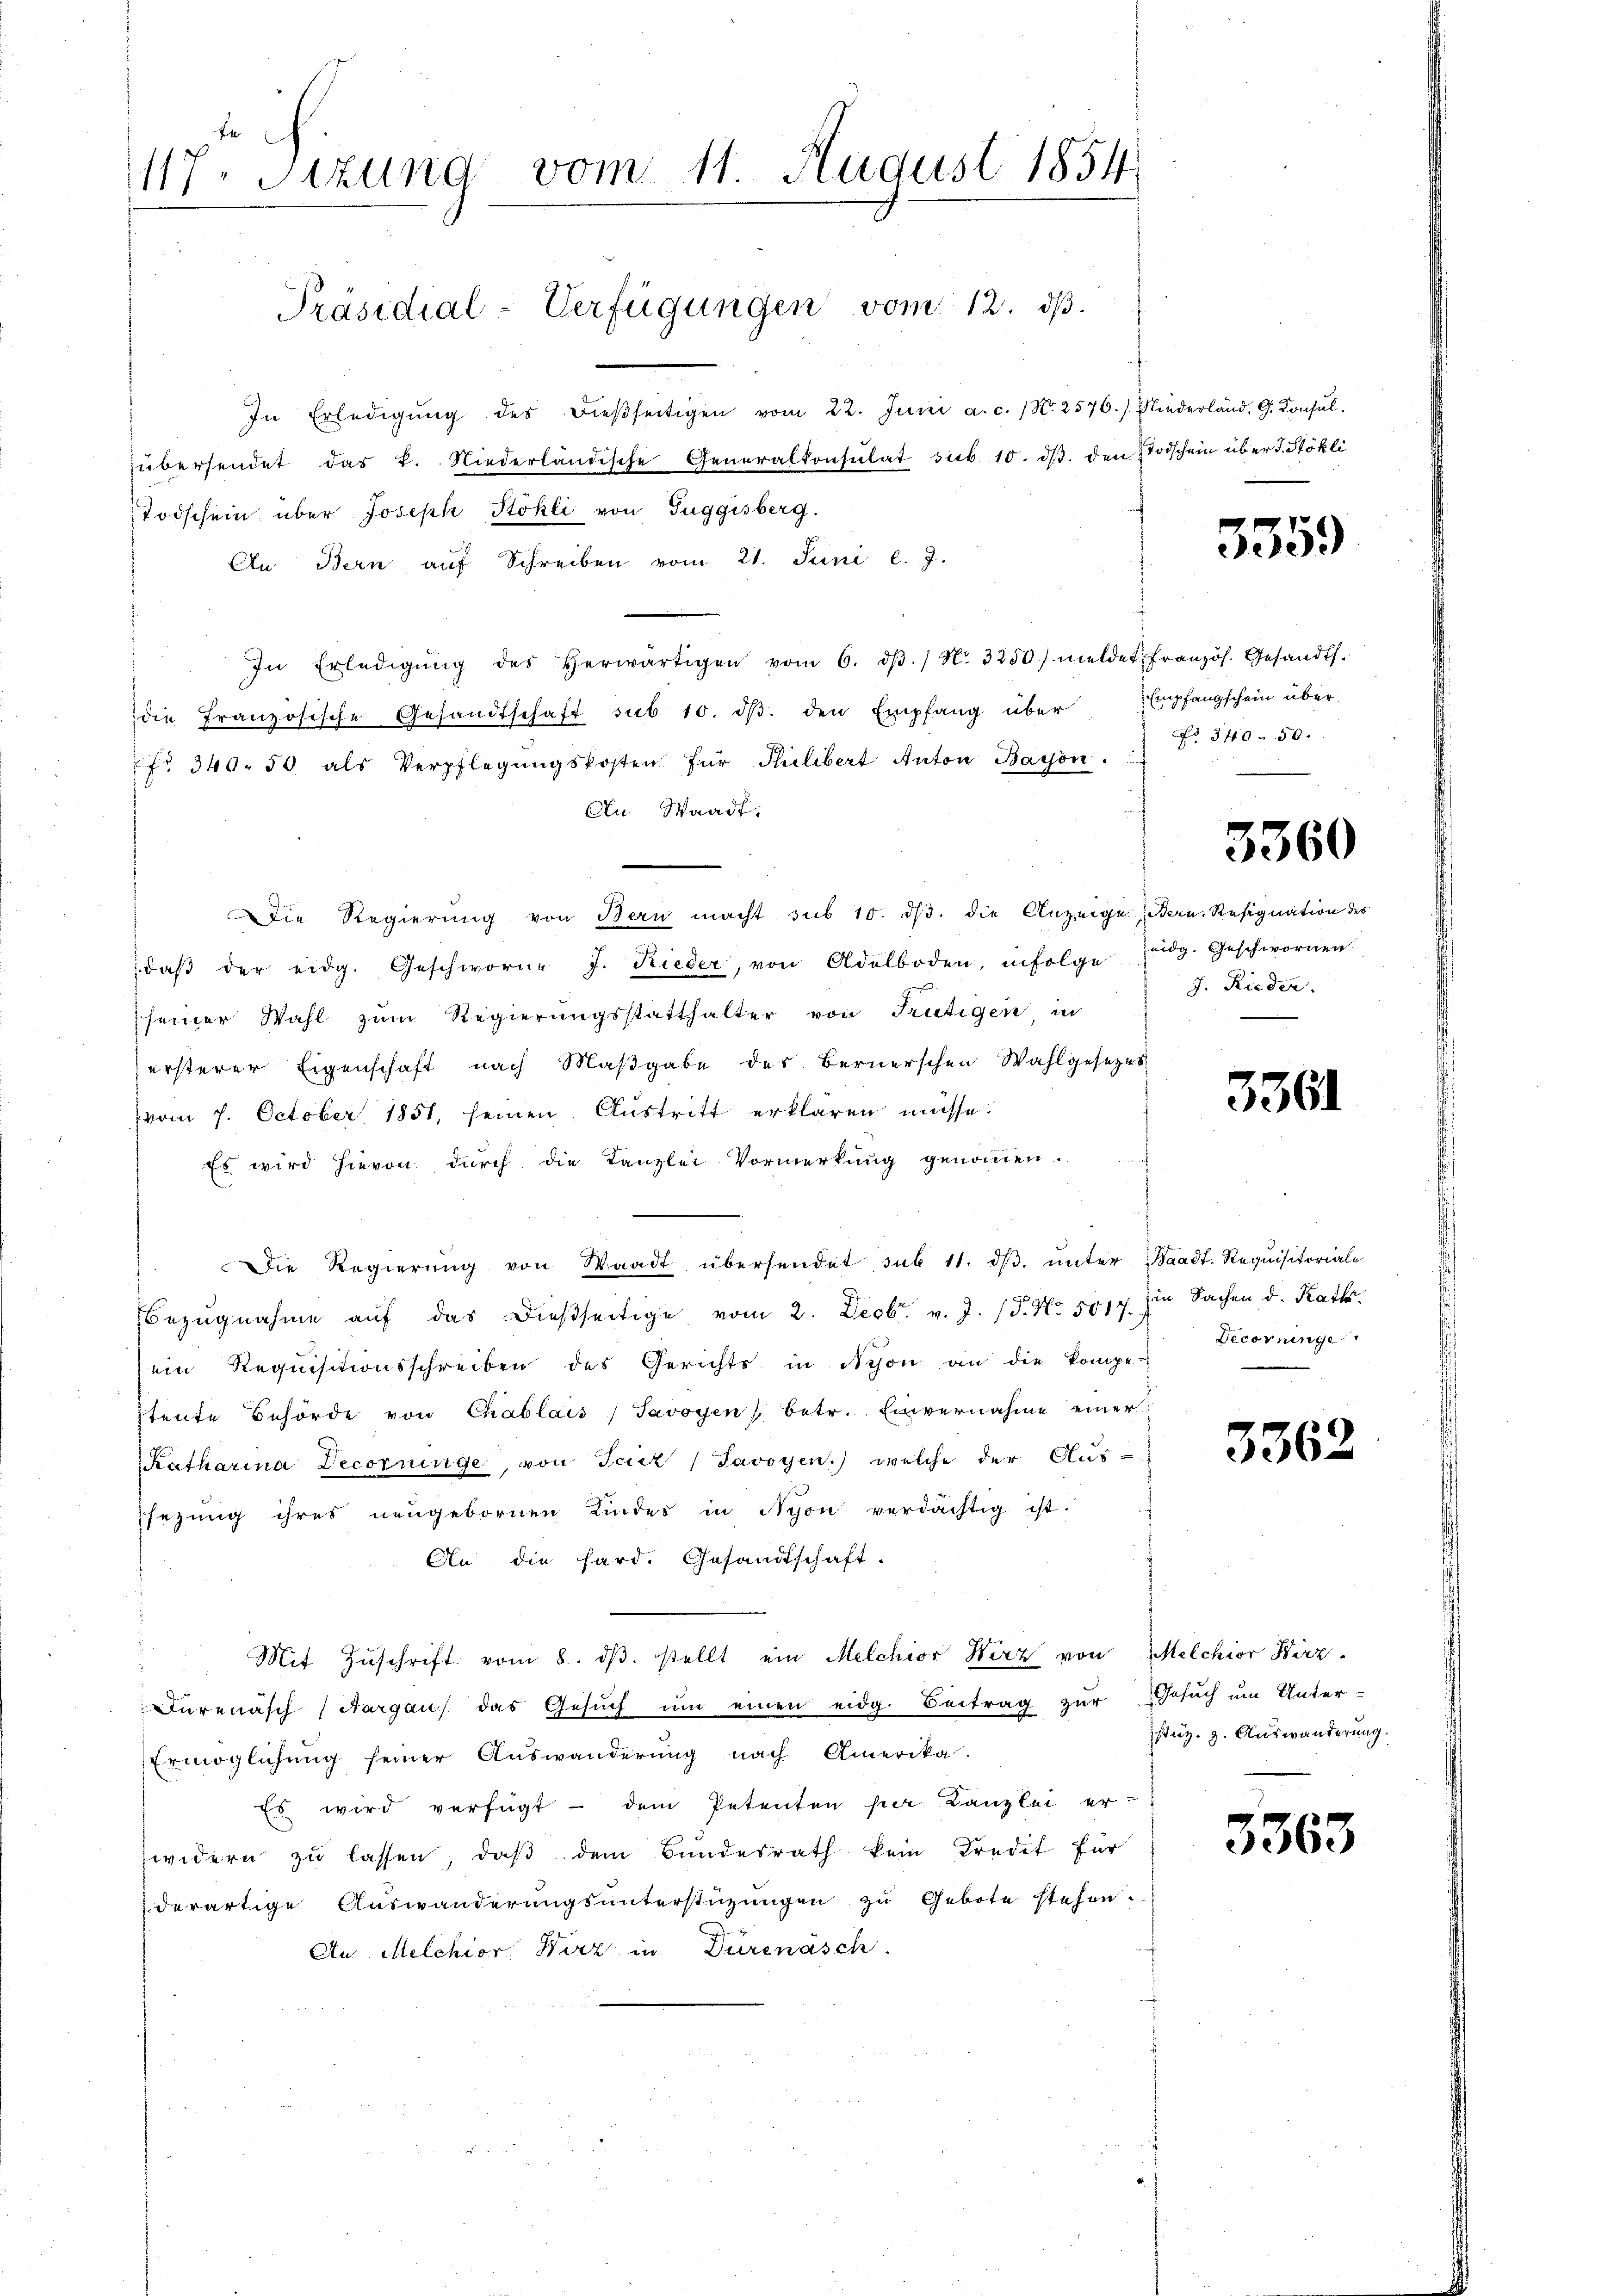
117. Sitzung vom 11. August 1854

Präsidial-Verfügungen vom 12. dβ.

In Erledigŭng des dieβseitigen vom 22. Juni a. c. (N. 2576.) Niederland, G. Konsulübersendet das k. Niederländische Generalkonsulat sub 10. dβ. den Todschein über d. Stokli
Todschein über Joseph Stöhli von Tuggisberg.
An Bern aŭf Schreiben vom 21. Juni l. J.
In Erledigŭng des Herwärtigen vom 6. dβ. / No. 3250) meldet französ. Gesandts.
die Französische Gesandtschaft sub 10. dβ. den Empfang über Empfangschein überfr 340. 50 als Verpflegŭngskosten für Thilibert Anton Baron.
An Waadt.
Die Regierung von Bern macht sub 10. dβ. die Anzeige Bern. Resignation des
daβ der eidg. Geschworne J. Rieder, von Adelboden, infolge Eidg. Geschwornen.
seiner Wahl zŭm Regierŭngsstatthalter von Frutigen in
ersterer Eigenschaft nach Maßgabe des Bernerschen Wahlgesezes
vom 7. October 1851, seinen Aŭstritt erklären müsse.
Es wird hievon durch die Kanzlei Vormerkung genommen.
Die Regierŭng von Waadt übersendet sub 11. dβ. unter Waadt. Requisitoriale
Bezŭgnahme aŭf das dießseitige vom 2. Decbr. v. J. (T. No. 5017. in Sachen d. Rath
ein Requisitionsschreiben des Gerichts in Nyon an die kompe-
tente Behörde von Chablais / Savoyen betr. Einvernahme einer
Katharina Decorninge, von Teicz (Javoyen.) welche der Aus-
sezung ihres neugebornen Kindes in Nyon verdächtig ist.
An die Hard. Gesandtschaft-
Mit Zŭschrift vom 8. dβ. stellt ein Melchior Wirz von Melchior Hirz
Dürenasch (Aargau das Gesŭch ŭm einen eidg. Beitrag zur Gesuch um Unter-
Ermöglichung seiner Auswanderung nach Amerika-
Es wird verfügt - dem Petenten hier Kanzlei er-
widern zu lassen, daß dem Bundesrath kein Kredit für
derartige Aŭswanderŭngsŭnterstüzungen zu Gebote stehen.
An Melchior Wirz in Dürenasch.

5359

340. 50.

3360

J. Rieder.

3361

Decorninge

3362

stüz. 9. Auswanderung.

3363